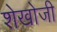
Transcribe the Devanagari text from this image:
शेखोजी